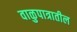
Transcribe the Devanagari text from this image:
वाळुपात्रातील